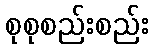
စုစုစည်းစည်း